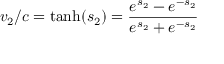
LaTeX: v _ { 2 } / c = { \mathrm { t a n h } } ( s _ { 2 } ) = { \frac { e ^ { s _ { 2 } } - e ^ { - s _ { 2 } } } { e ^ { s _ { 2 } } + e ^ { - s _ { 2 } } } }